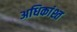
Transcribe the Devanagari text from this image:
अधिकांश्त